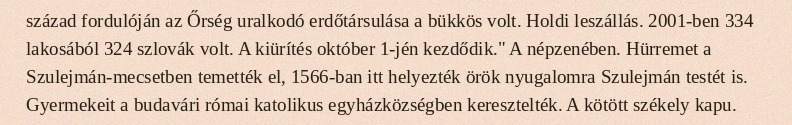
század fordulóján az Őrség uralkodó erdőtársulása a bükkös volt. Holdi leszállás. 2001-ben 334 lakosából 324 szlovák volt. A kiürítés október 1-jén kezdődik." A népzenében. Hürremet a Szulejmán-mecsetben temették el, 1566-ban itt helyezték örök nyugalomra Szulejmán testét is. Gyermekeit a budavári római katolikus egyházközségben keresztelték. A kötött székely kapu.